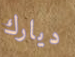
ديارك